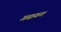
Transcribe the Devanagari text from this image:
गद्यवत